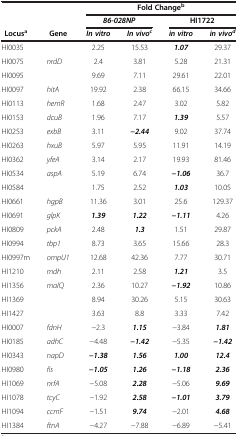
<table><thead><tr><td><b> </b></td><td><b> </b></td><td colspan="4"><b>Fold Change<sup>b</sup></b></td></tr><tr><td><b> </b></td><td><b> </b></td><td colspan="2"><b><i>86-028NP</i></b></td><td colspan="2"><b>HI1722</b></td></tr><tr><td><b> Locus<sup>a</sup></b></td><td><b> Gene</b></td><td><b><i>In vitro</i></b></td><td><b><i>In vivo</i><sup><i>c</i></sup></b></td><td><b><i>in vitro</i></b></td><td><b><i>in vivo</i><sup><i>d</i></sup></b></td></tr></thead><tbody><tr><td>HI0035</td><td> </td><td>2.25</td><td>15.53</td><td><b><i>1.07</i></b></td><td>29.37</td></tr><tr><td>HI0075</td><td><i>nrdD</i></td><td>2.4</td><td>3.81</td><td>5.28</td><td>21.31</td></tr><tr><td>HI0095</td><td> </td><td>9.69</td><td>7.11</td><td>29.61</td><td>22.01</td></tr><tr><td>HI0097</td><td><i>hitA</i></td><td>19.92</td><td>2.38</td><td>66.15</td><td>34.66</td></tr><tr><td>HI0113</td><td><i>hemR</i></td><td>1.68</td><td>2.47</td><td>3.02</td><td>5.82</td></tr><tr><td>HI0153</td><td><i>dcuB</i></td><td>1.96</td><td>7.17</td><td><b><i>1.39</i></b></td><td>5.57</td></tr><tr><td>HI0253</td><td><i>exbB</i></td><td>3.11</td><td><b><i>-2.44</i></b></td><td>9.02</td><td>37.74</td></tr><tr><td>HI0263</td><td><i>hxuB</i></td><td>5.97</td><td>5.95</td><td>11.91</td><td>14.19</td></tr><tr><td>HI0362</td><td><i>yfeA</i></td><td>3.14</td><td>2.17</td><td>19.93</td><td>81.46</td></tr><tr><td>HI0534</td><td><i>aspA</i></td><td>5.19</td><td>6.74</td><td><b><i>-1.06</i></b></td><td>36.7</td></tr><tr><td>HI0584</td><td> </td><td>1.75</td><td>2.52</td><td><b><i>1.03</i></b></td><td>10.05</td></tr><tr><td>HI0661</td><td><i>hgpB</i></td><td>11.36</td><td>3.01</td><td>25.6</td><td>129.37</td></tr><tr><td>HI0691</td><td><i>glpK</i></td><td><b><i>1.39</i></b></td><td><b><i>1.22</i></b></td><td><b><i>-1.11</i></b></td><td>4.26</td></tr><tr><td>HI0809</td><td><i>pckA</i></td><td>2.48</td><td><b><i>1.3</i></b></td><td>1.51</td><td>29.87</td></tr><tr><td>HI0994</td><td><i>tbp1</i></td><td>8.73</td><td>3.65</td><td>15.66</td><td>28.3</td></tr><tr><td>HI0997m</td><td><i>ompU1</i></td><td>12.68</td><td>42.36</td><td>7.77</td><td>30.71</td></tr><tr><td>HI1210</td><td><i>mdh</i></td><td>2.11</td><td>2.58</td><td><b><i>1.21</i></b></td><td>3.5</td></tr><tr><td>HI1356</td><td><i>malQ</i></td><td>2.36</td><td>10.27</td><td><b><i>-1.92</i></b></td><td>10.86</td></tr><tr><td>HI1369</td><td> </td><td>8.94</td><td>30.26</td><td>5.15</td><td>30.63</td></tr><tr><td>HI1427</td><td> </td><td>3.63</td><td>8.8</td><td>3.33</td><td>7.42</td></tr><tr><td>HI0007</td><td><i>fdnH</i></td><td>-2.3</td><td><b><i>1.15</i></b></td><td>-3.84</td><td><b><i>1.81</i></b></td></tr><tr><td>HI0185</td><td><i>adhC</i></td><td>-4.48</td><td><b><i>-1.42</i></b></td><td>-5.35</td><td><b><i>-1.42</i></b></td></tr><tr><td>HI0343</td><td><i>napD</i></td><td><b><i>-1.38</i></b></td><td><b><i>1.56</i></b></td><td><b><i>1.00</i></b></td><td><b><i>12.4</i></b></td></tr><tr><td>HI0980</td><td><i>fis</i></td><td><b><i>-1.05</i></b></td><td><b><i>1.26</i></b></td><td><b><i>-1.18</i></b></td><td><b><i>2.36</i></b></td></tr><tr><td>HI1069</td><td><i>nrfA</i></td><td>-5.08</td><td><b><i>2.28</i></b></td><td>-5.06</td><td><b><i>9.69</i></b></td></tr><tr><td>HI1078</td><td><i>tcyC</i></td><td>-1.92</td><td><b><i>2.58</i></b></td><td><b><i>-1.01</i></b></td><td><b><i>3.79</i></b></td></tr><tr><td>HI1094</td><td><i>ccmF</i></td><td>-1.51</td><td><b><i>9.74</i></b></td><td>-2.01</td><td><b><i>4.68</i></b></td></tr><tr><td>HI1384</td><td><i>ftnA</i></td><td>-4.27</td><td>-7.88</td><td>-6.89</td><td>-5.41</td></tr></tbody></table>